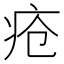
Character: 疮